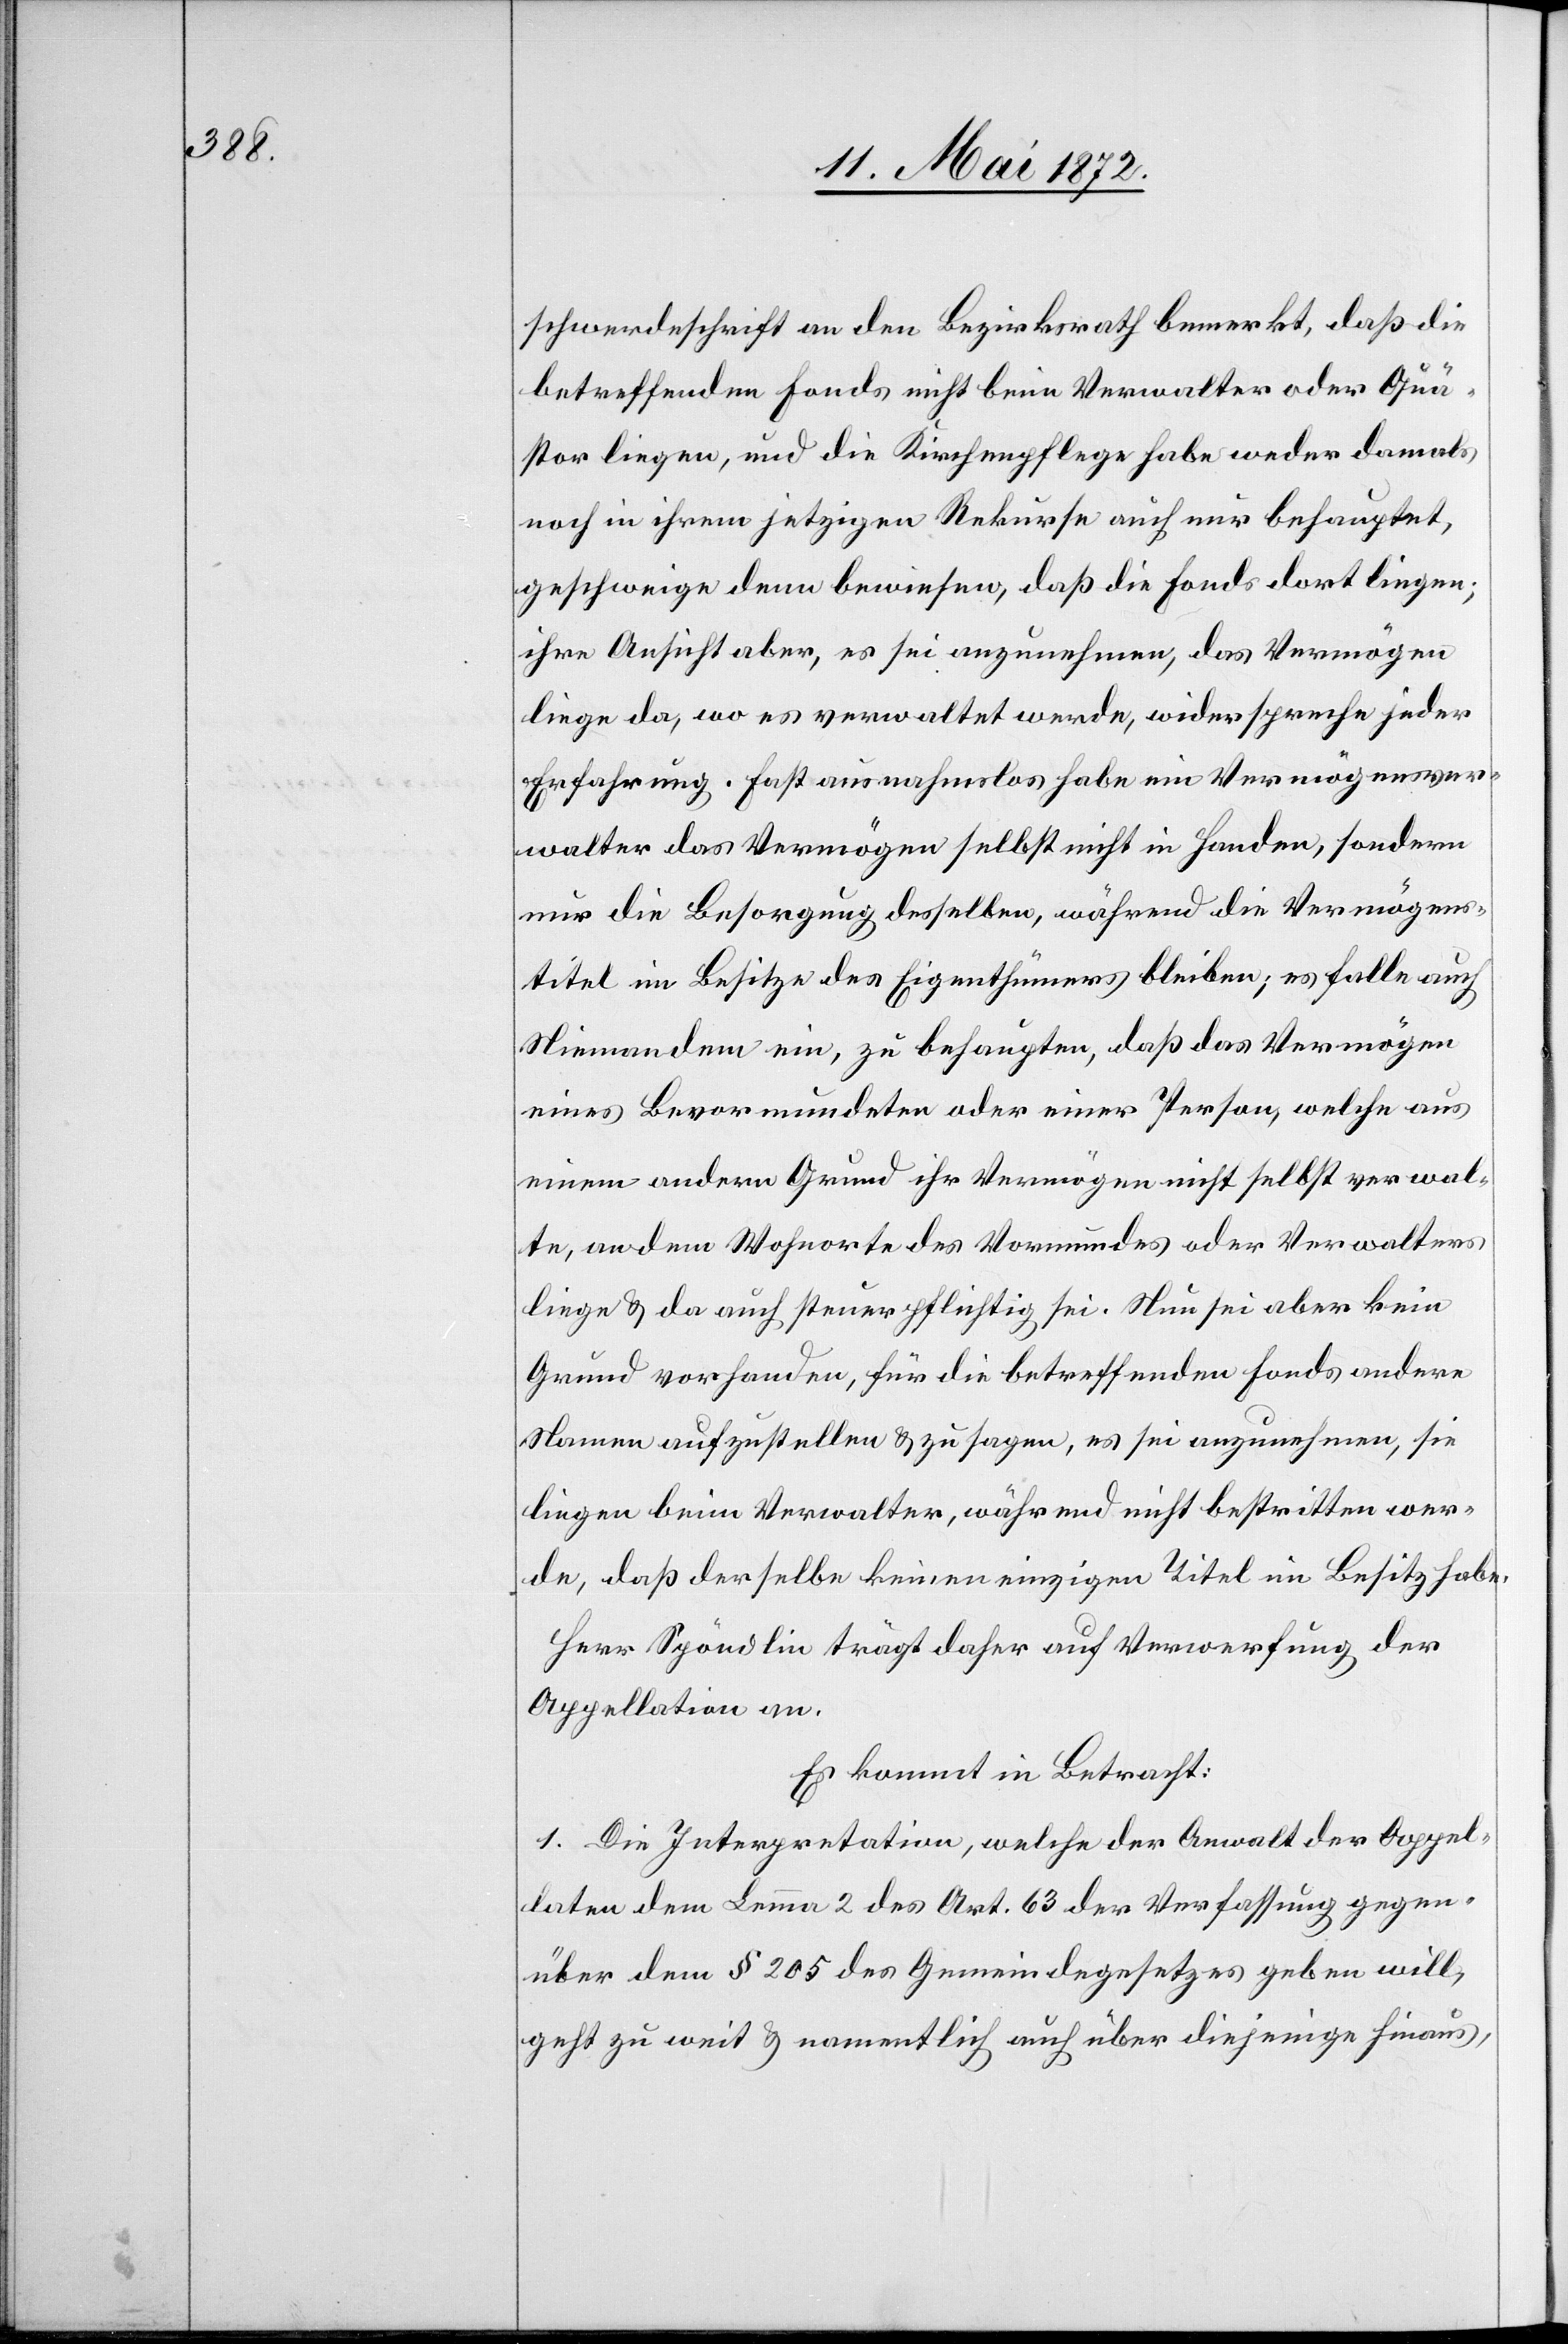
schwerdeschrift an den Bezirksrath bemerkt, daß die
betreffenden Fonds nicht beim Verwalter oder Quä¬
stor liegen, und die Kirchenpflege habe weder damals
noch in ihrem jetzigen Rekurse auch nur behauptet,
geschweige denn bewiesen, daß die Fonds dort liegen;
ihre Ansicht aber, es sei anzunehmen, das Vermögen
liege da, wo es verwaltet werde, widerspreche jeder
Erfahrung. Fast ausnahmslos habe ein Vermögensver¬
walter das Vermögen selbst nicht in Handen, sondern
nur die Besorgung desselben, während die Vermögens¬
titel im Besitze des Eigenthümers bleiben; es falle auch
Niemandem ein, zu behaupten, daß das Vermögen
eines Bevormundeten oder einer Person, welche aus
einem andern Grund ihr Vermögen nicht selbst verwal¬
te, an dem Wohnorte des Vormundes oder Verwalters
liege u. da auch steuerpflichtig sei. Nun sei aber kein
Grund vorhanden, für die betreffenden Fonds andere
Namen aufzustellen u. zu sagen, es sei anzunehmen, sie
liegen beim Verwalter, während nicht bestritten wer¬
de, daß derselbe keinen einzigen Titel im Besitz habe.
Herr Spöndlin trägt daher auf Verwerfung der
Appellation an.
Es kommt in Betracht:
1. Die Interpretation, welche der Anwalt der Appel¬
laten dem Lemma 2 des Art. 63 der Verfassung gegen¬
über dem § 205 des Gemeindegesetzes geben will,
geht zu weit u. namentlich auch über diejenige hinaus,